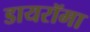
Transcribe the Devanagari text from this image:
डायरॉमा